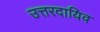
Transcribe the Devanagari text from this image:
उत्तरदायिव